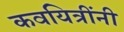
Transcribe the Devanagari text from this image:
कवयित्रींनी